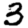
Digit: 3